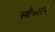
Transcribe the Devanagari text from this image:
स्वीकारणें